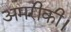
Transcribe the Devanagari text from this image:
अमरीकी।